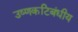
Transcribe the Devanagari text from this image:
उष्‍णकटिबंधीय